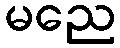
မညေ